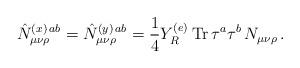
LaTeX: \begin{align*}\hat{N}_{\mu\nu\rho}^{(x)\,ab}=\hat{N}_{\mu\nu\rho}^{(y)\,ab}=\frac{1}{4}Y_R^{(e)}\, {\rm Tr}\,\tau^a\tau^b\,N_{\mu\nu\rho}\, .\end{align*}